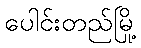
ပေါင်းတည်မြို့